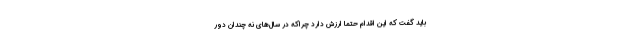
باید گفت که ‌این اقدام حتما ارزش دارد چراکه در سال‌های نه چندان دور